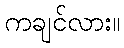
ကချင်လား။